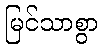
မြင်သာစွာ